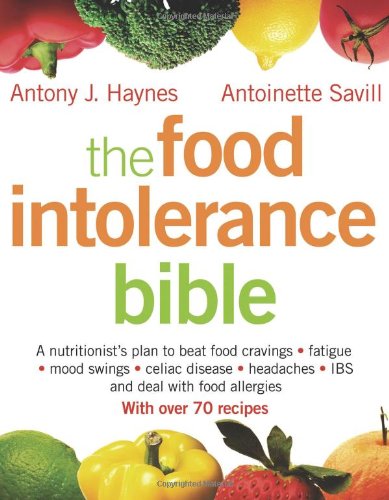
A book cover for The Food Intolerance Bible: A Nutritionist's Plan to Beat Food Cravings, Fatigue, Mood Swings, Bloating, Headaches, IBS and Deal with Food Allergies; Antony J. Haynes; Health, Fitness & Dieting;